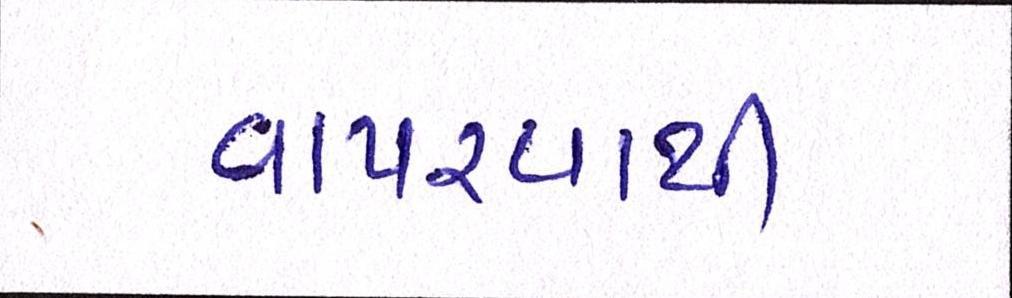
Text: વાપરવાથી